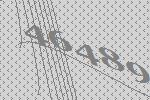
46489